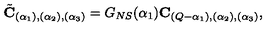
\tilde { { \bf C } } _ { ( \alpha _ { 1 } ) , ( \alpha _ { 2 } ) , ( \alpha _ { 3 } ) } = G _ { N S } ( \alpha _ { 1 } ) { \bf C } _ { ( Q - \alpha _ { 1 } ) , ( \alpha _ { 2 } ) , ( \alpha _ { 3 } ) } ,